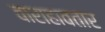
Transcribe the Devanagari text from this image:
वाराहावतार